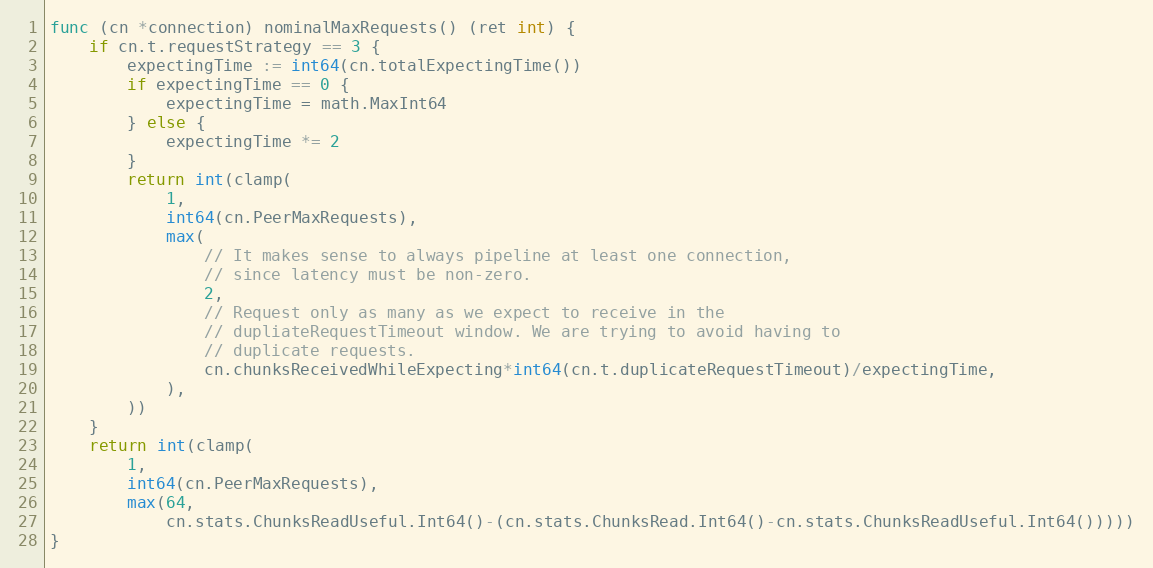
Language: Go
func (cn *connection) nominalMaxRequests() (ret int) {
	if cn.t.requestStrategy == 3 {
		expectingTime := int64(cn.totalExpectingTime())
		if expectingTime == 0 {
			expectingTime = math.MaxInt64
		} else {
			expectingTime *= 2
		}
		return int(clamp(
			1,
			int64(cn.PeerMaxRequests),
			max(
				// It makes sense to always pipeline at least one connection,
				// since latency must be non-zero.
				2,
				// Request only as many as we expect to receive in the
				// dupliateRequestTimeout window. We are trying to avoid having to
				// duplicate requests.
				cn.chunksReceivedWhileExpecting*int64(cn.t.duplicateRequestTimeout)/expectingTime,
			),
		))
	}
	return int(clamp(
		1,
		int64(cn.PeerMaxRequests),
		max(64,
			cn.stats.ChunksReadUseful.Int64()-(cn.stats.ChunksRead.Int64()-cn.stats.ChunksReadUseful.Int64()))))
}